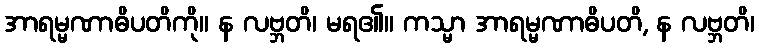
အာရမ္မဏာဓိပတိကို။ န လဗ္ဘတိ၊ မရ၏။ ကသ္မာ အာရမ္မဏာဓိပတိ, န လဗ္ဘတိ၊